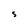
Character: S